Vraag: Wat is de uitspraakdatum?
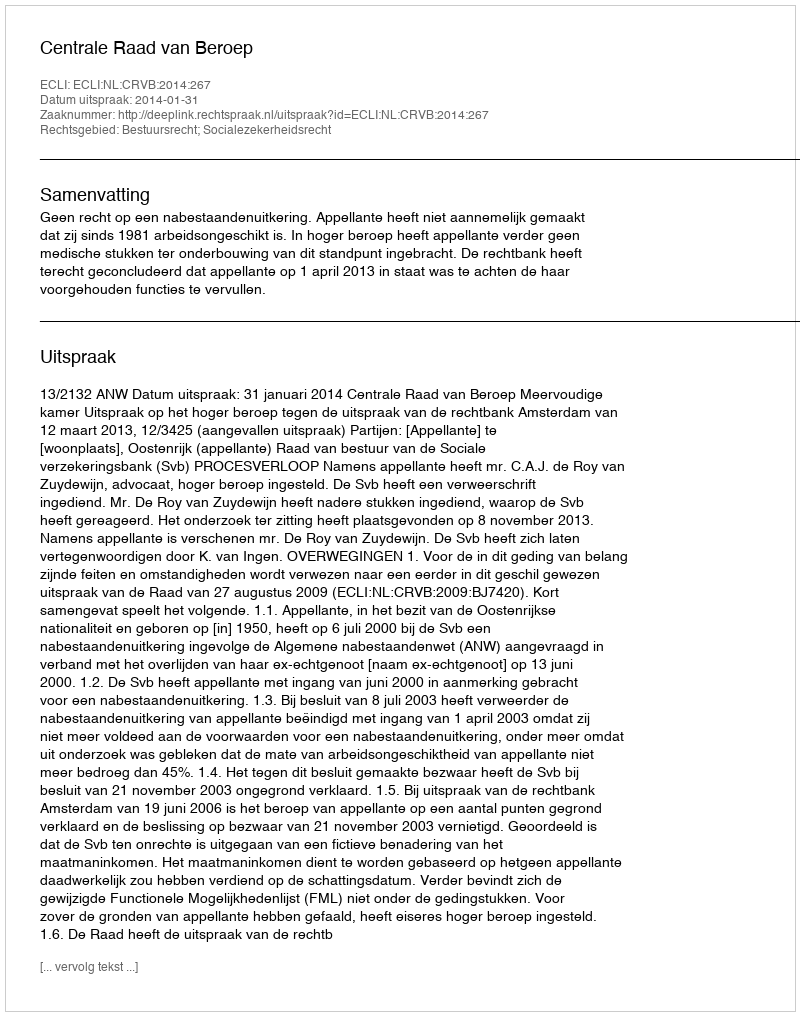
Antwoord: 2014-01-31